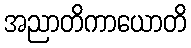
အညာတိကာယောတိ